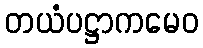
တယံပဋ္ဌာကမေဝ